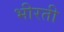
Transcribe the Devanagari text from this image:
भीरती